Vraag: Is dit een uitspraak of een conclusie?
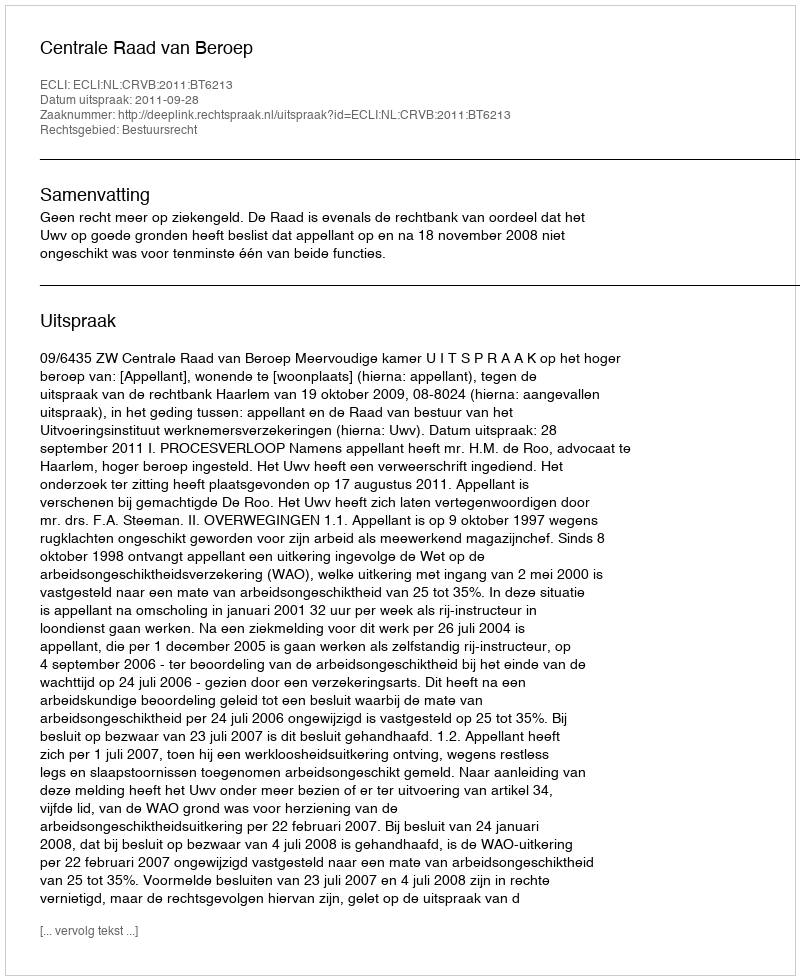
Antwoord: Uitspraak